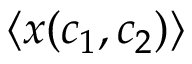
\langle x ( c _ { 1 } , c _ { 2 } ) \rangle